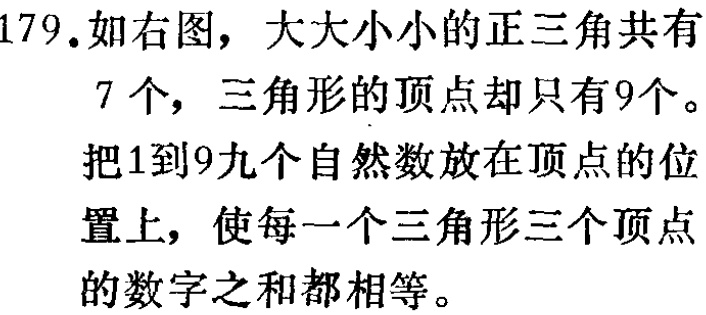
179. 如右图，大大小小的正三角共有

7个，三角形的顶点却只有9个。

把1到9九个自然数放在顶点的位

置上，使每一个三角形三个顶点

的数字之和都相等。